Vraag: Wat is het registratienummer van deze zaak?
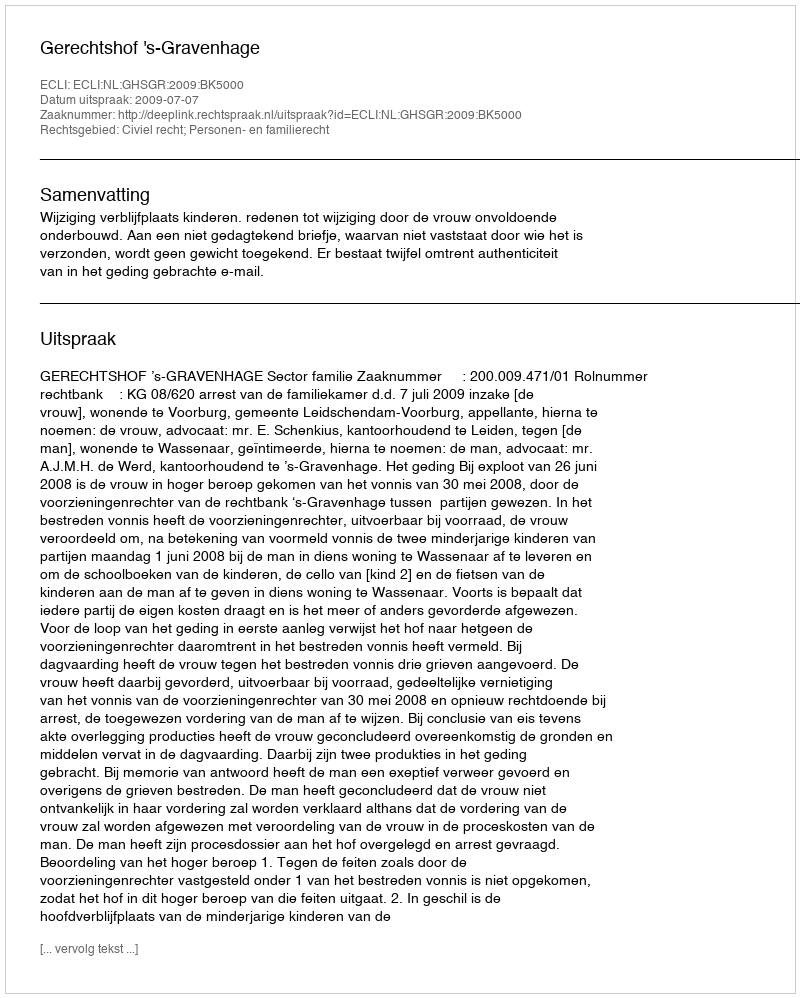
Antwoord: http://deeplink.rechtspraak.nl/uitspraak?id=ECLI:NL:GHSGR:2009:BK5000